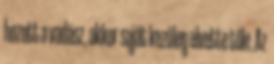
hozott a vadász, akkor saját kezűleg elvette tőle. Az